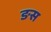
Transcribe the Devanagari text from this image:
ङस